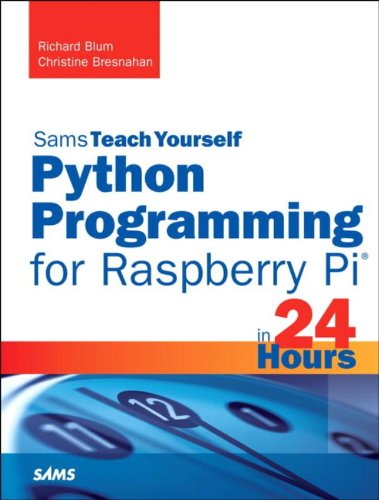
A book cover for Python Programming for Raspberry Pi, Sams Teach Yourself in 24 Hours; Richard Blum; Computers & Technology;